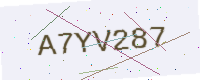
Text: A7YV287